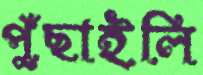
পুঁছাইলি